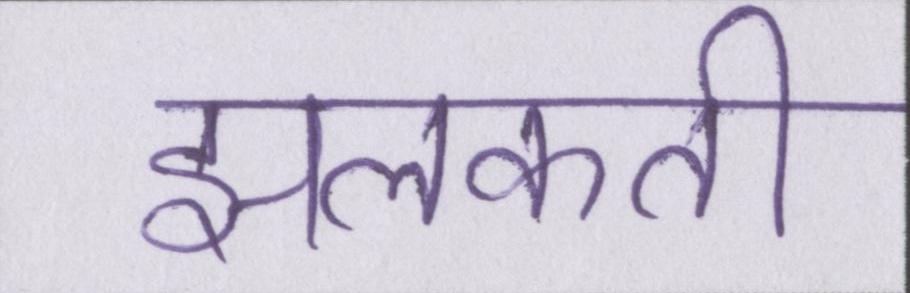
झलकती